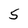
Character: 5